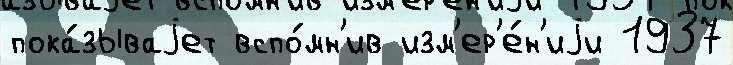
пока́зываjет вспо́мн'ив изм'ер'е́н'иjи 1937